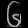
Digit: ၆